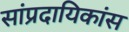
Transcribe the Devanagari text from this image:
सांप्रदायिकांस